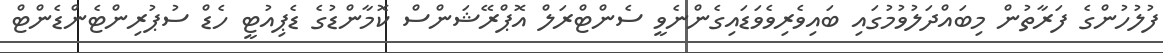
ފުލުހުންގެ ފަރާތުން މިބައްދަލުވުމުގައި ބައިވެރިވެވަޑައިގެންނެވީ ސެންޓްރަލް އޮޕްރޭޝަންސް ކޮމާންޑުގެ ޑެޕިއުޓީ ހެޑް ސުޕުރިންޓެންޑެންޓް